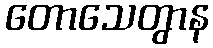
တောသေတွာန